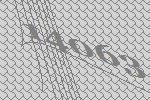
14063